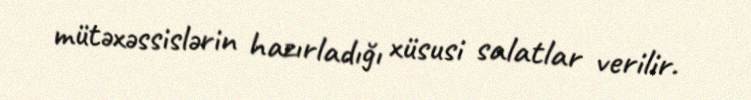
mütəxəssislərin hazırladığı xüsusi salatlar verilir.